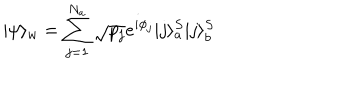
LaTeX: | \psi \rangle _ { w } = \sum _ { j = 1 } ^ { N _ { a } } \sqrt { p _ { j } } e ^ { i \phi _ { j } } | j \rangle _ { a } ^ { S } | j \rangle _ { b } ^ { S }